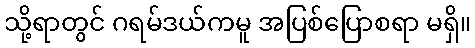
သို့ရာတွင် ဂရမ်ဒယ်ကမူ အပြစ်ပြောစရာ မရှိ။